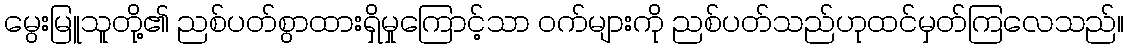
မွေးမြူသူတို့၏ ညစ်ပတ်စွာထားရှိမှုကြောင့်သာ ဝက်များကို ညစ်ပတ်သည်ဟုထင်မှတ်ကြလေသည်။